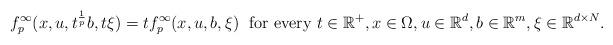
LaTeX: \begin{align*}\displaystyle{f^\infty_p(x,u,t^\frac{1}{p}b, t\xi)= t f^\infty_p(x,u, b,\xi) \; \hbox{ for every }t \in \mathbb R^+, x \in \Omega, u \in \mathbb R^d, b \in \mathbb R^m, \xi \in \mathbb R^{d \times N}.}\end{align*}